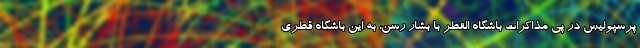
پرسپولیس در پی مذاکرات باشگاه القطر با بشار رسن، به این باشگاه قطری